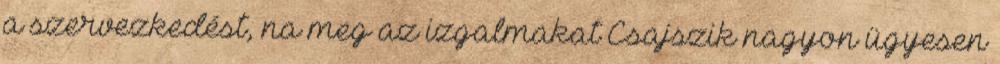
a szervezkedést, na meg az izgalmakat Csajszik nagyon ügyesen